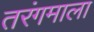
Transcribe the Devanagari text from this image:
तरंगमाला